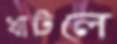
খাটলে